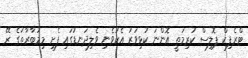
ޓްރެފިކް ޕޮލިސް ކުރިމަތީ އޮންނަ ކުޅިވަރު އެކުވެނި ވެލިދަނޑުގައި ފެށި މިމުބާރާތުގެ ރޭ